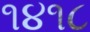
૧૪૧૮